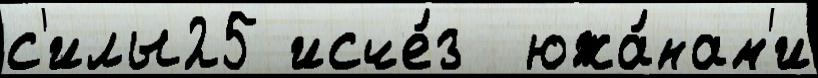
с'илы25 исче́з  южа́нам'и